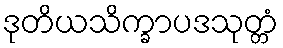
ဒုတိယသိက္ခာပဒသုတ္တံ